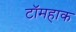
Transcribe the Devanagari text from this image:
टॉमहाक